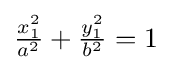
{\textstyle {\frac {x_{1}^{2}}{a^{2}}}+{\frac {y_{1}^{2}}{b^{2}}}=1}